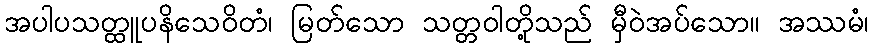
အပါပသတ္ထူပနိသေဝိတံ၊ မြတ်သော သတ္တဝါတို့သည် မှီဝဲအပ်သော။ အဿမံ၊